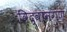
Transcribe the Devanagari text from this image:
विद्वानगण